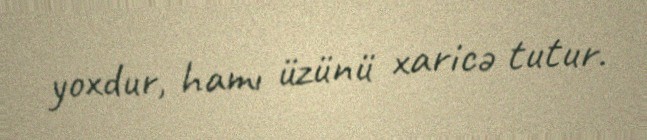
yoxdur, hamı üzünü xaricə tutur.